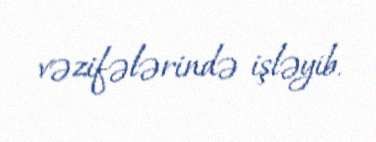
vəzifələrində işləyib.